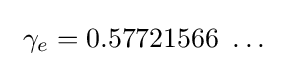
\ \gamma _{e}=0.57721566\ \ldots \